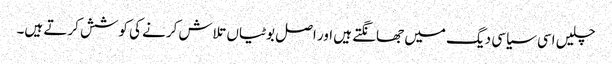
چلیں اسی سیاسی دیگ میں جھانگتے ہیں اور اصل بوٹیاں تلاش کرنے کی کوشش کرتے ہیں۔